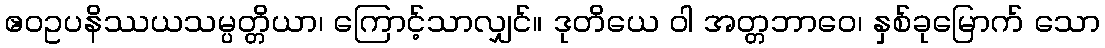
ဧဝဥပနိဿယသမ္ပတ္တိယာ၊ ကြောင့်သာလျှင်။ ဒုတိယေ ဝါ အတ္တဘာဝေ၊ နှစ်ခုမြောက် သော